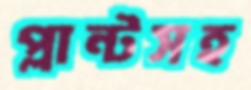
প্লান্টসহ